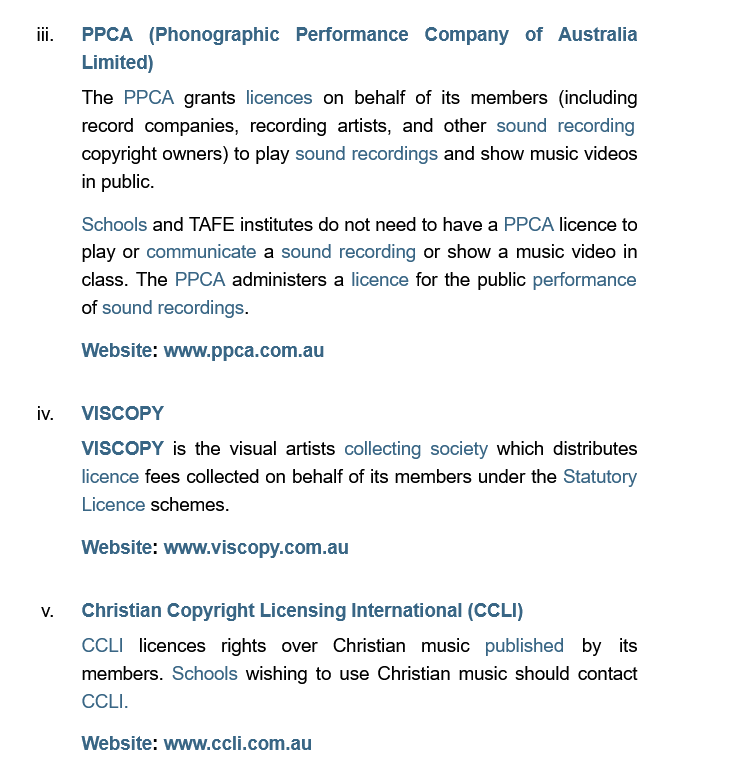
VISCOPY is  the visual artists collecting society which distributes
     licence fees collected on behalf of its members under the Statutory
     Licence schemes.
     Website: www.viscopy.com.au
    iii. PPCA   (Phonographic   Performance  Company   of  Australia
     Limited)
    iv.  VISCOPY
     v.  Christian Copyright Licensing International (CCLI)
     CCLI  licences rights over Christian music published by its
     members.  Schools wishing to use Christian music should contact
     CCLI.
     Website: www.ccli.com.au
     The  PPCA grants licences on behalf of its members (including
     record companies, recording artists, and other sound recording
     copyright owners) to play sound recordings and show music videos
     in public.
     Schools and TAFE institutes do not need to have a PPCA licence to
     play or communicate a sound recording or show a music video in
     class. The PPCA administers a licence for the public performance
     of sound recordings.
     Website: www.ppca.com.au